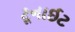
ટૂનાઈટ